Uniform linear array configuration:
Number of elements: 32
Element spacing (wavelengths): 0.75
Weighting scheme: uniform
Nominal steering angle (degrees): -15
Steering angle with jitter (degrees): -16.665
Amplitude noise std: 0.05
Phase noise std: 0.05

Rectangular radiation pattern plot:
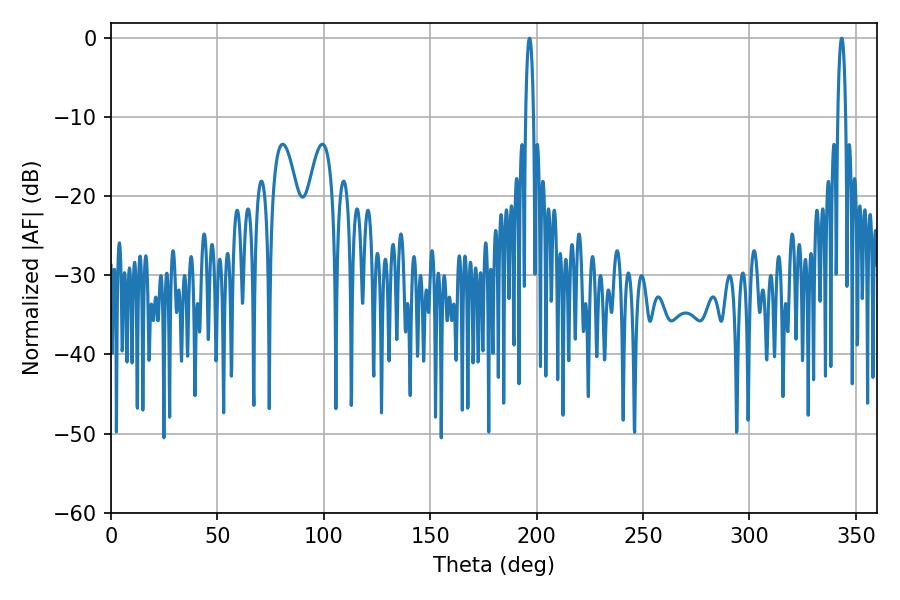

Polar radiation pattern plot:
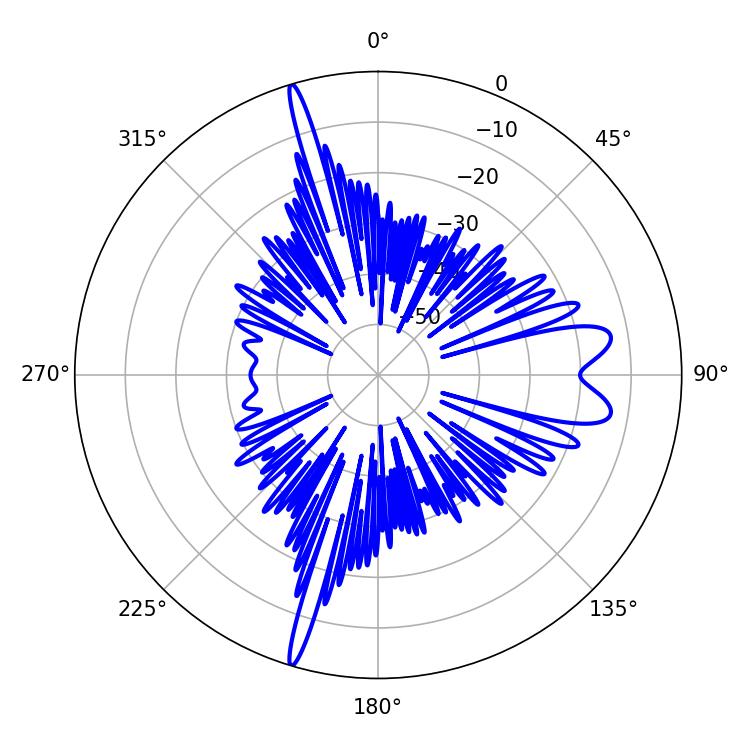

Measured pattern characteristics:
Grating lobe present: TRUE
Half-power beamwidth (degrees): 1.98
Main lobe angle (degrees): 343.26